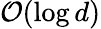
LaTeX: {\mathcal{O}}(\log d)